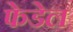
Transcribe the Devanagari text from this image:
फेडेल